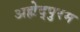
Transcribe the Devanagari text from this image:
अह्मेद्पुरम